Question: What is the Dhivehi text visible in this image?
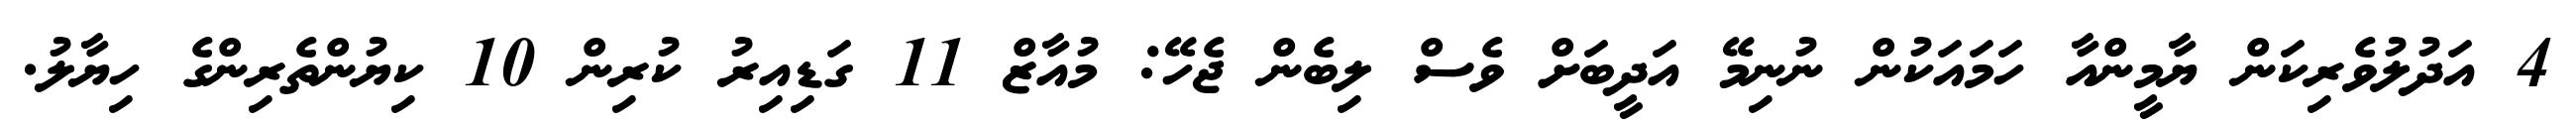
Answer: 4 އަދުލުވެރިކަން ޔާމީންއާ ހަމައަކުން ނުނިމޭ އަދީބަށް ވެސް ލިބެން ޖެހޭ: މުއާޒް 11 ގަޑިއިރު ކުރިން 10 ކިޔުންތެރިންގެ ހިޔާލު.